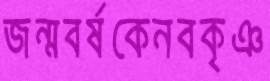
জন্মবর্ষকেনবকৃঞ